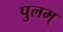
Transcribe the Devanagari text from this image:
पुलम्